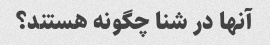
آنها در شنا چگونه هستند؟